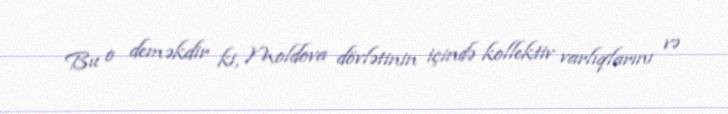
Bu o deməkdir ki, Moldova dövlətinin içində kollektiv varlıqlarını və